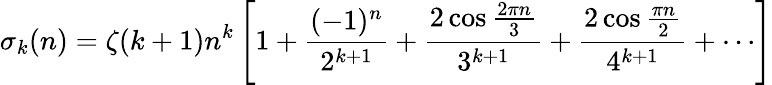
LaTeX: \sigma_{k}(n)=\zeta(k+1)n^{k}\left[1+{\frac{(-1)^{n}}{2^{k+1}}}+{\frac{2\cos{\frac{2\pi n}{3}}}{3^{k+1}}}+{\frac{2\cos{\frac{\pi n}{2}}}{4^{k+1}}}+\cdots\right]